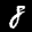
Label: 8